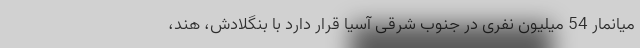
میانمار 54 میلیون نفری در جنوب شرقی آسیا قرار دارد با بنگلادش، هند،